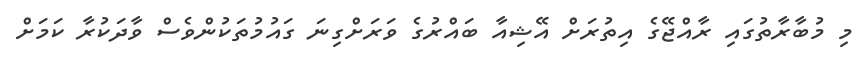
މި މުބާރާތުގައި ރާއްޖޭގެ އިތުރަށް އޭޝިއާ ބައްރުގެ ވަރަށްގިނަ ގައުމުތަކުންވެސް ވާދަކުރާ ކަމަށް